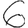
Digit: 6